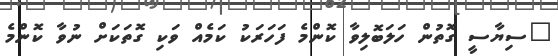
"ސިޔާސީ ގޮތުން ހަލަބޮލިވާ ކޮންމެ ފަހަރަކު ކަމެއް ވަކި ގޮތަކަށް ނުވާ ކޮންމެ